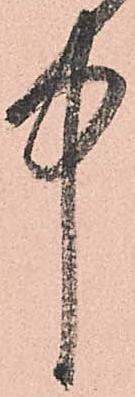
中